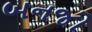
બનજો